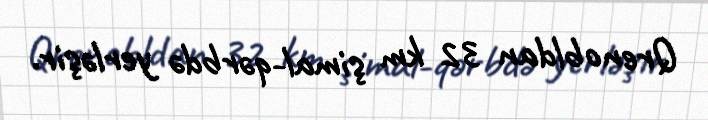
Qrenobldan 32 km şimal-qərbdə yerləşir.